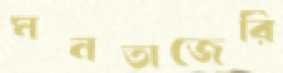
মনতাজেরি